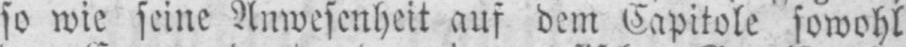
so wie seine Anwesenheit auf dem Capitole sowohl